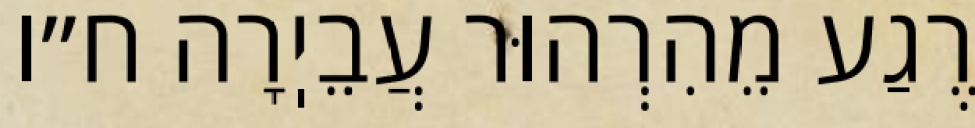
רֶגַע מֵהִרְהוּר עֲבֵיֽרָה ח״ו